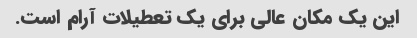
این یک مکان عالی برای یک تعطیلات آرام است.